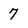
Character: 7